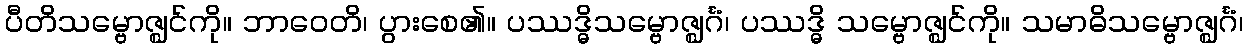
ပီတိသမ္ဗောဇ္ဈင်ကို။ ဘာဝေတိ၊ ပွားစေ၏။ ပဿဒ္ဓိသမ္ဗောဇ္ဈင်္ဂံ၊ ပဿဒ္ဓိ သမ္ဗောဇ္ဈင်ကို။ သမာဓိသမ္ဗောဇ္ဈင်္ဂံ၊